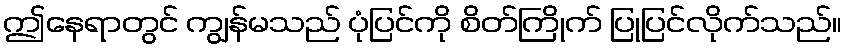
ဤနေရာတွင် ကျွန်မသည် ပုံပြင်ကို စိတ်ကြိုက် ပြုပြင်လိုက်သည်။